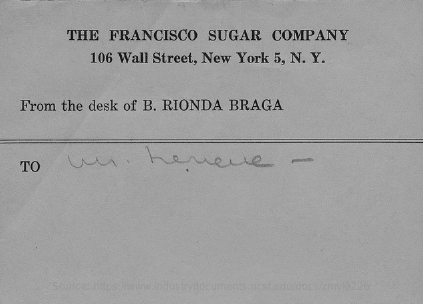
THE    FRANCISCO    SUGAR    COMPANY
     106  Wall  Street,  New    York   5, N.  Y.
    From   the  desk   of B.  RIONDA    BRAGA
    TO    un    .
     Source: https://www.industrydocuments.ucsf.edu/docs/zmyl0226